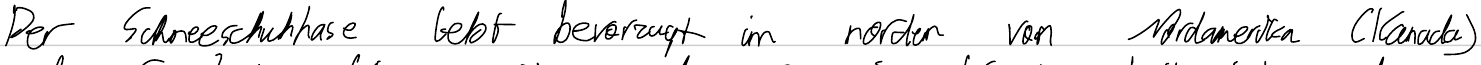
Der Schneeschuhhase lebt bevorzugt im norden von Nordamerika (Kanada)